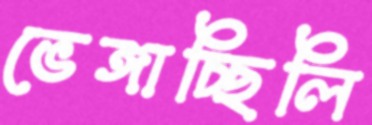
ভেঙ্গাচ্ছিলি